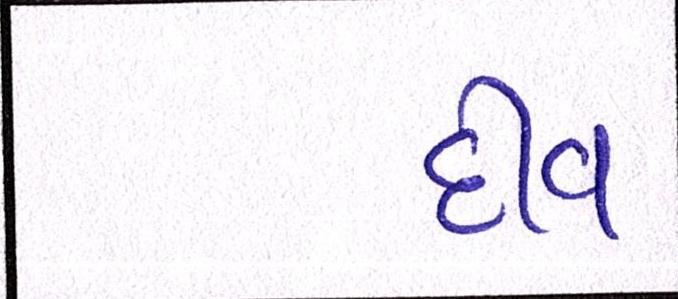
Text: દીવ